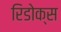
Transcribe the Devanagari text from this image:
रिडोक्स